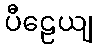
ပီဠေယျ